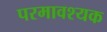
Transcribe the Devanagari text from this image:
परमावश्‍यक